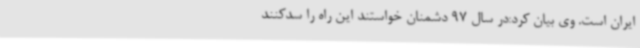
ایران است. وی بیان کرد:در سال 97 دشمنان خواستند این راه را سدکنند